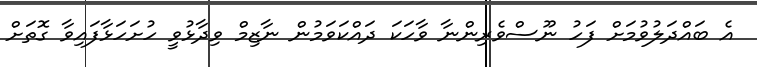
އެ ބައްދަލުވުމަށް ފަހު ނޫސްވެރިންނާ ވާހަކަ ދައްކަވަމުން ނާޒިމް ވިދާޅުވީ ހުށަހަޅާފައިވާ ގޮތަށް